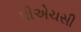
પીએચસી